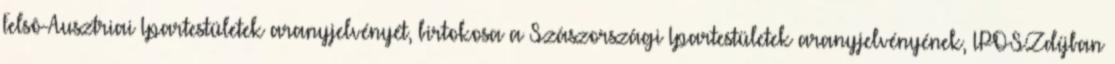
Felsô-Ausztriai Ipartestületek aranyjelvényét, birtokosa a Szászországi Ipartestületek aranyjelvényének, IPOSZdíjban